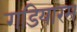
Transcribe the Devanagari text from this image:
गडियारम्